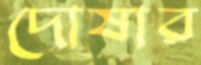
দোষার